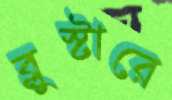
ব্লুস্টারে